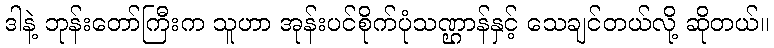
ဒါနဲ့ ဘုန်းတော်ကြီးက သူဟာ အုန်းပင်စိုက်ပုံသဏ္ဌာန်နှင့် သေချင်တယ်လို့ ဆိုတယ်။